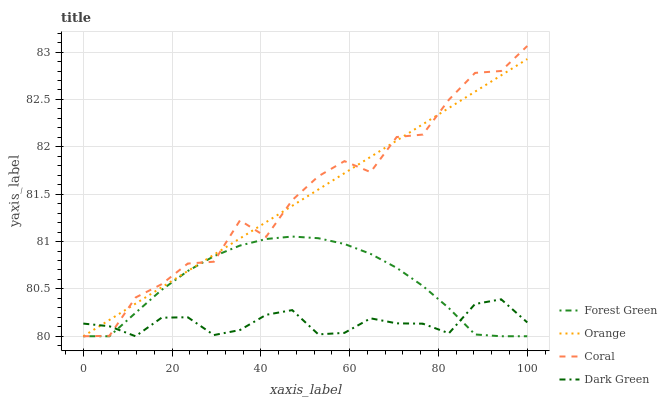
| xaxis_label | Forest Green | Orange | Coral | Dark Green |
 | --- | --- | --- | --- | --- |
 | 0 | 80 | 80 | 80 | 80.1 |
 | 5.88 | 80 | 80.2 | 80 | 80.1 |
 | 11.8 | 80.2 | 80.3 | 80.4 | 80 |
 | 17.6 | 80.5 | 80.5 | 80.5 | 80.2 |
 | 23.5 | 80.7 | 80.7 | 80.8 | 80.2 |
 | 29.4 | 80.8 | 80.9 | 80.8 | 80 |
 | 35.3 | 81 | 81 | 81.2 | 80.1 |
 | 41.2 | 81 | 81.2 | 81 | 80.2 |
 | 47.1 | 81.1 | 81.4 | 81.4 | 80.3 |
 | 52.9 | 81 | 81.5 | 81.7 | 80 |
 | 58.8 | 81 | 81.7 | 81.8 | 80 |
 | 64.7 | 80.9 | 81.9 | 81.7 | 80.2 |
 | 70.6 | 80.7 | 82.1 | 82.1 | 80.1 |
 | 76.5 | 80.5 | 82.2 | 82.1 | 80.1 |
 | 82.4 | 80.3 | 82.4 | 82.5 | 80 |
 | 88.2 | 80 | 82.6 | 82.8 | 80.3 |
 | 94.1 | 80 | 82.8 | 82.8 | 80.4 |
 | 100 | 80 | 82.9 | 83.1 | 80.1 |